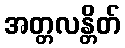
အတ္တလန္တိတ်